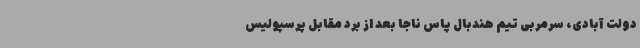
دولت آبادی، سرمربی تیم هندبال پاس ناجا بعد از برد مقابل پرسپولیس